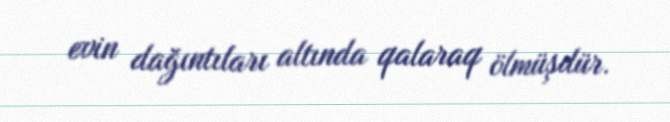
evin dağıntıları altında qalaraq ölmüşdür.